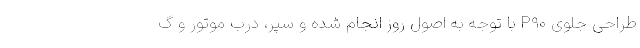
طراحی جلوی P90 با توجه به اصول روز انجام شده و سپر، درب موتور و گ